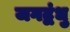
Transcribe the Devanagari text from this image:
जगद्बंधु